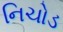
નિચોડ